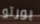
بورتو